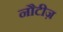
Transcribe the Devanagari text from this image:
नौटीज़